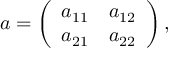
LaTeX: a = \left( \begin{array} { c c } { { a _ { 1 1 } } } & { { a _ { 1 2 } } } \\ { { a _ { 2 1 } } } & { { a _ { 2 2 } } } \end{array} \right) ,